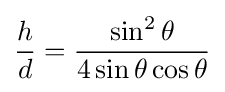
{\frac {h}{d}}={\frac {\sin ^{2}\theta }{4\sin \theta \cos \theta }}